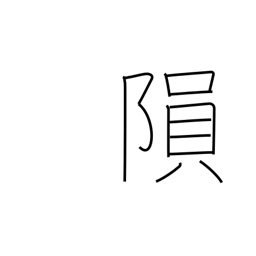
Meaning: fall